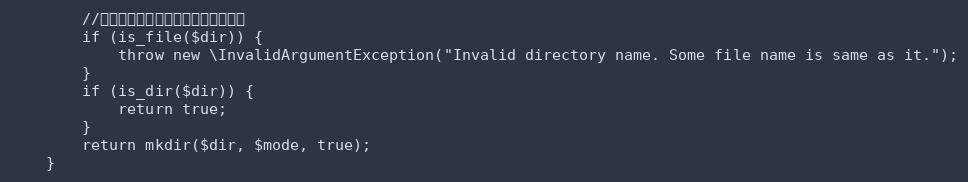
Language: PHP
        //如果存在相同的文件名，则抛出异常
        if (is_file($dir)) {
            throw new \InvalidArgumentException("Invalid directory name. Some file name is same as it.");
        }
        if (is_dir($dir)) {
            return true;
        }
        return mkdir($dir, $mode, true);
    }